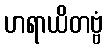
ဟရာယိတဗ္ဗံ